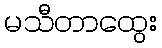
မသီတာထွေး